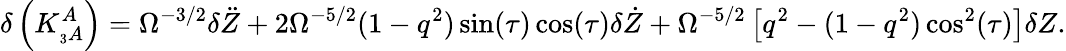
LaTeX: \delta\left(K_{_3A}^{A}\right)=\Omega^{-3/2}\delta\ddot{Z}+2\Omega^{-5/2}(1-q^{2})\sin(\tau)\cos(\tau)\delta\dot{Z}+\Omega^{-5/2}\left[q^{2}-(1-q^{2})\cos^{2}(\tau)\right]\delta Z.